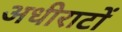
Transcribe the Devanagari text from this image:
अधीराटों